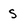
Character: S